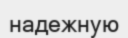
надежную